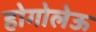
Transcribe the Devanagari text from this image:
होगोलेऊ